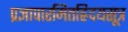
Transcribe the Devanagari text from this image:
प्रज्ञापारमितह्रिदयसूत्र